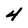
Character: 4